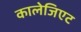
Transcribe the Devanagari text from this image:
कालेजिएट